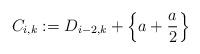
LaTeX: \begin{align*}C_{i,k} & := D_{i-2,k} + \left\{ a + \frac{a}{2} \right\}\end{align*}